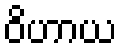
ဝိဟာယ